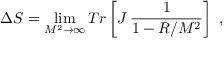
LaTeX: \Delta S = \operatorname * { l i m } _ { M ^ { 2 } \rightarrow \infty } T r \left[ J \, \frac { 1 } { 1 - { \cal R } / M ^ { 2 } } \right] \ ,